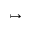
\mapsto